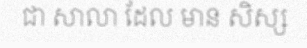
ជា សាលា ដែល មាន សិស្ស